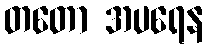
တတော အပရေန